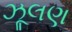
ઝૂલણ